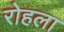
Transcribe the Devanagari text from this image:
रोहला